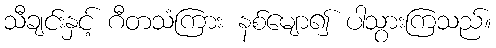
သီချင်းနှင့် ဂီတသံကြား နစ်မျော၍ ပါသွားကြသည်။